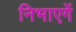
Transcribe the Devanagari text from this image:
निभाएगें